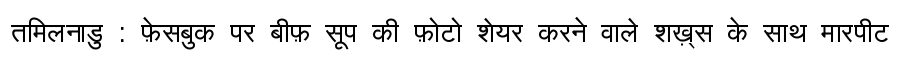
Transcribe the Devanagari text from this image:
तमिलनाडु : फ़ेसबुक पर बीफ़ सूप की फ़ोटो शेयर करने वाले शख़्स के साथ मारपीट